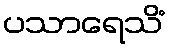
ပသာရေသိံ